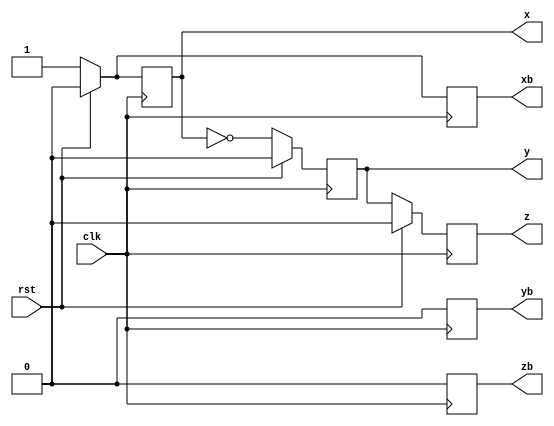
///////////////////////////////////////////////////////////////////////////////////////////
// Design Name: Blocking vs Non-Blocking
// Reference: Nonblocking assignments in verilog synthesis by CE Cummings (Sunburst Design)
///////////////////////////////////////////////////////////////////////////////////////////
`timescale 1ns / 1ps


module Design_Ex(clk,rst,x,y,z,xb,yb,zb);
    input  wire clk,rst;
    output reg x ,y ,z ;                    //Non-blocking 
    output reg xb,yb,zb;                    //Blocking 
    
    
    reg a = 1;
    reg b = 0;
    reg c = 1;
    
  //Blocking example  
    always@(posedge clk)
        begin
            if(rst) begin
                xb = 0;
                yb = 0;
                zb = 0;
            end else begin           //Correct Answers verify with the simulation
                xb = a | b;          //xb = 1
                yb = xb ^ c;         //yb = 0
                zb = yb;             //zb = 0
            end 
        end
    
  //Non - blocking example    
    always@(posedge clk)
        begin
            if(rst) begin
                x <= 0;
                y <= 0;
                z <= 0;
            end else begin          //Correct Answers verify with the simulation
                x <= a | b;         //x = 1
                y <= x ^ c;         //y = 0
                z <= y;             //z = 0
            end 
        end
    
endmodule